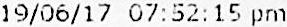
19/06/17 07:52:15 PM